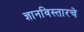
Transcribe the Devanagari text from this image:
ज्ञानविस्तारचे